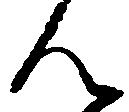
ん